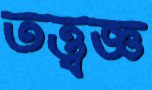
তত্ত্বজ্ঞ